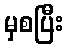
မှစပြီး